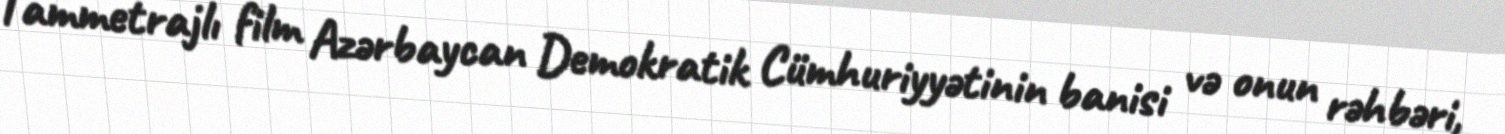
Tammetrajlı film Azərbaycan Demokratik Cümhuriyyətinin banisi və onun rəhbəri,